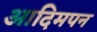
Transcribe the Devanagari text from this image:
आदिमपन